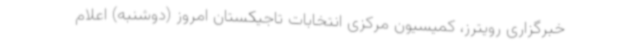
خبرگزاری رویترز، کمیسیون مرکزی انتخابات تاجیکستان امروز (دوشنبه) اعلام